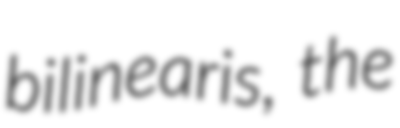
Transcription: bilinearis, the